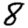
Digit: 8